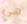
هي